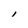
Character: I